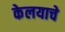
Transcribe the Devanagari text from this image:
केलयाचे